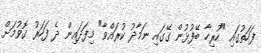
ފަހަތުގައި "ހުރިހާ ބޭފުޅުން ގޭގައި ނަމާދު ކުރައްވާ" މިފަދައިން ދެ ފަހަރު ގޮވުމަށް